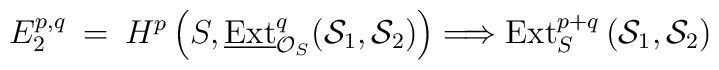
E_2^{p,q} \: = \: H^p\left(S, \underline{\mbox{Ext}}^q_{{\cal O}_S}( {\cal S}_1, {\cal S}_2 ) \right)  \Longrightarrow \mbox{Ext}^{p+q}_S\left( {\cal S}_1, {\cal S}_2 \right)